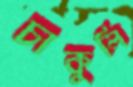
চাকুলি